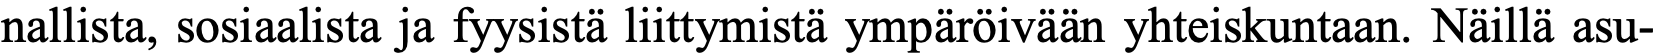
nallista, sosiaalista ja fyysistä liittymistä ympäröivään yhteiskuntaan. Näillä asu-